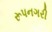
રૂપનગરી